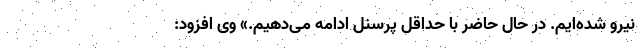
نیرو شده‌‌ایم. در حال حاضر با حداقل پرسنل ادامه می‌دهیم.» وی افزود: